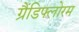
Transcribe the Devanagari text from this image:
ग्रैंडिफ्लोरम